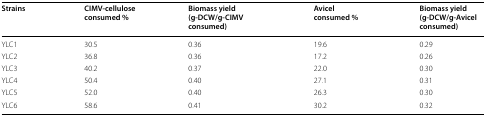
<table><thead><tr><td><b>Strains</b></td><td><b>CIMV-cellulose consumed %</b></td><td><b>Biomass yield (g-DCW/g-CIMV consumed)</b></td><td><b>Avicel consumed %</b></td><td><b>Biomass yield (g-DCW/g-Avicel consumed)</b></td></tr></thead><tbody><tr><td>YLC1</td><td>30.5</td><td>0.36</td><td>19.6</td><td>0.29</td></tr><tr><td>YLC2</td><td>36.8</td><td>0.36</td><td>17.2</td><td>0.26</td></tr><tr><td>YLC3</td><td>40.2</td><td>0.37</td><td>22.0</td><td>0.30</td></tr><tr><td>YLC4</td><td>50.4</td><td>0.40</td><td>27.1</td><td>0.31</td></tr><tr><td>YLC5</td><td>52.0</td><td>0.40</td><td>26.3</td><td>0.30</td></tr><tr><td>YLC6</td><td>58.6</td><td>0.41</td><td>30.2</td><td>0.32</td></tr></tbody></table>